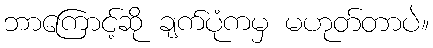
ဘာကြောင့်ဆို ချက်ပုံကမှ မဟုတ်တာပဲ။